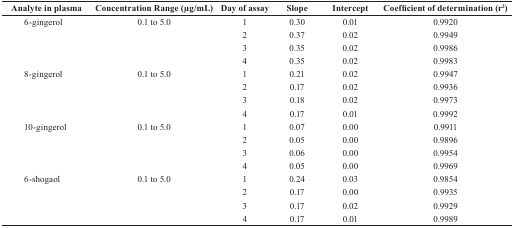
<table><thead><tr><td><b>Analyte in plasma</b></td><td><b>Concentration Range (μg/mL)</b></td><td><b>Day of assay</b></td><td><b>Slope</b></td><td><b>Intercept</b></td><td><b>Coefficient of determination (r<sup>2</sup>)</b></td></tr></thead><tbody><tr><td>6-gingerol</td><td>0.1 to 5.0</td><td>1</td><td>0.30</td><td>0.01</td><td>0.9920</td></tr><tr><td></td><td></td><td>2</td><td>0.37</td><td>0.02</td><td>0.9949</td></tr><tr><td></td><td></td><td>3</td><td>0.35</td><td>0.02</td><td>0.9986</td></tr><tr><td></td><td></td><td>4</td><td>0.35</td><td>0.02</td><td>0.9983</td></tr><tr><td>8-gingerol</td><td>0.1 to 5.0</td><td>1</td><td>0.21</td><td>0.02</td><td>0.9947</td></tr><tr><td></td><td></td><td>2</td><td>0.17</td><td>0.02</td><td>0.9936</td></tr><tr><td></td><td></td><td>3</td><td>0.18</td><td>0.02</td><td>0.9973</td></tr><tr><td></td><td></td><td>4</td><td>0.17</td><td>0.01</td><td>0.9992</td></tr><tr><td>10-gingerol</td><td>0.1 to 5.0</td><td>1</td><td>0.07</td><td>0.00</td><td>0.9911</td></tr><tr><td></td><td></td><td>2</td><td>0.05</td><td>0.00</td><td>0.9896</td></tr><tr><td></td><td></td><td>3</td><td>0.06</td><td>0.00</td><td>0.9954</td></tr><tr><td></td><td></td><td>4</td><td>0.05</td><td>0.00</td><td>0.9969</td></tr><tr><td>6-shogaol</td><td>0.1 to 5.0</td><td>1</td><td>0.24</td><td>0.03</td><td>0.9854</td></tr><tr><td></td><td></td><td>2</td><td>0.17</td><td>0.00</td><td>0.9935</td></tr><tr><td></td><td></td><td>3</td><td>0.17</td><td>0.02</td><td>0.9929</td></tr><tr><td></td><td></td><td>4</td><td>0.17</td><td>0.01</td><td>0.9989</td></tr></tbody></table>